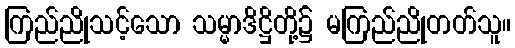
ကြည်ညိုသင့်သော သမ္မာဒိဋ္ဌိတို့၌ မကြည်ညိုတတ်သူ။